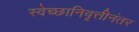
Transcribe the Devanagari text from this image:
स्वेच्छानिवृत्तीनंतर